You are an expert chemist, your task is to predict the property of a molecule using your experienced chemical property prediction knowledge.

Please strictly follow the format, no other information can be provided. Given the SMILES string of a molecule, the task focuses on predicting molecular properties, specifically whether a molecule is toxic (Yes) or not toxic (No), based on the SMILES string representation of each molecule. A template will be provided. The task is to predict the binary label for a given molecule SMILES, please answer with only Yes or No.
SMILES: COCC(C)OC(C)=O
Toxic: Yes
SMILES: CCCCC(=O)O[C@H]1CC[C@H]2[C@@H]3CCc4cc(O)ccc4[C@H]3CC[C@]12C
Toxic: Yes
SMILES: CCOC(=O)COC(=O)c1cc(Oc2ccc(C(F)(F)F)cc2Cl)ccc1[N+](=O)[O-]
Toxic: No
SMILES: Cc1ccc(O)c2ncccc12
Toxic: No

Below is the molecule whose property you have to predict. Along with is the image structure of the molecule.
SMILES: Cn1c(=O)c2c(ncn2C)n(C)c1=O
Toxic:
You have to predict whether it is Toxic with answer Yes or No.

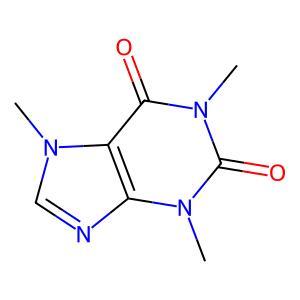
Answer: No